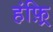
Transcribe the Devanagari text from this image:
हंफ़्रि